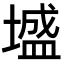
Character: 墭